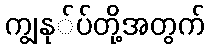
ကျွနု်ပ်တို့အတွက်